Trukikaitis_Postimees, lk 12
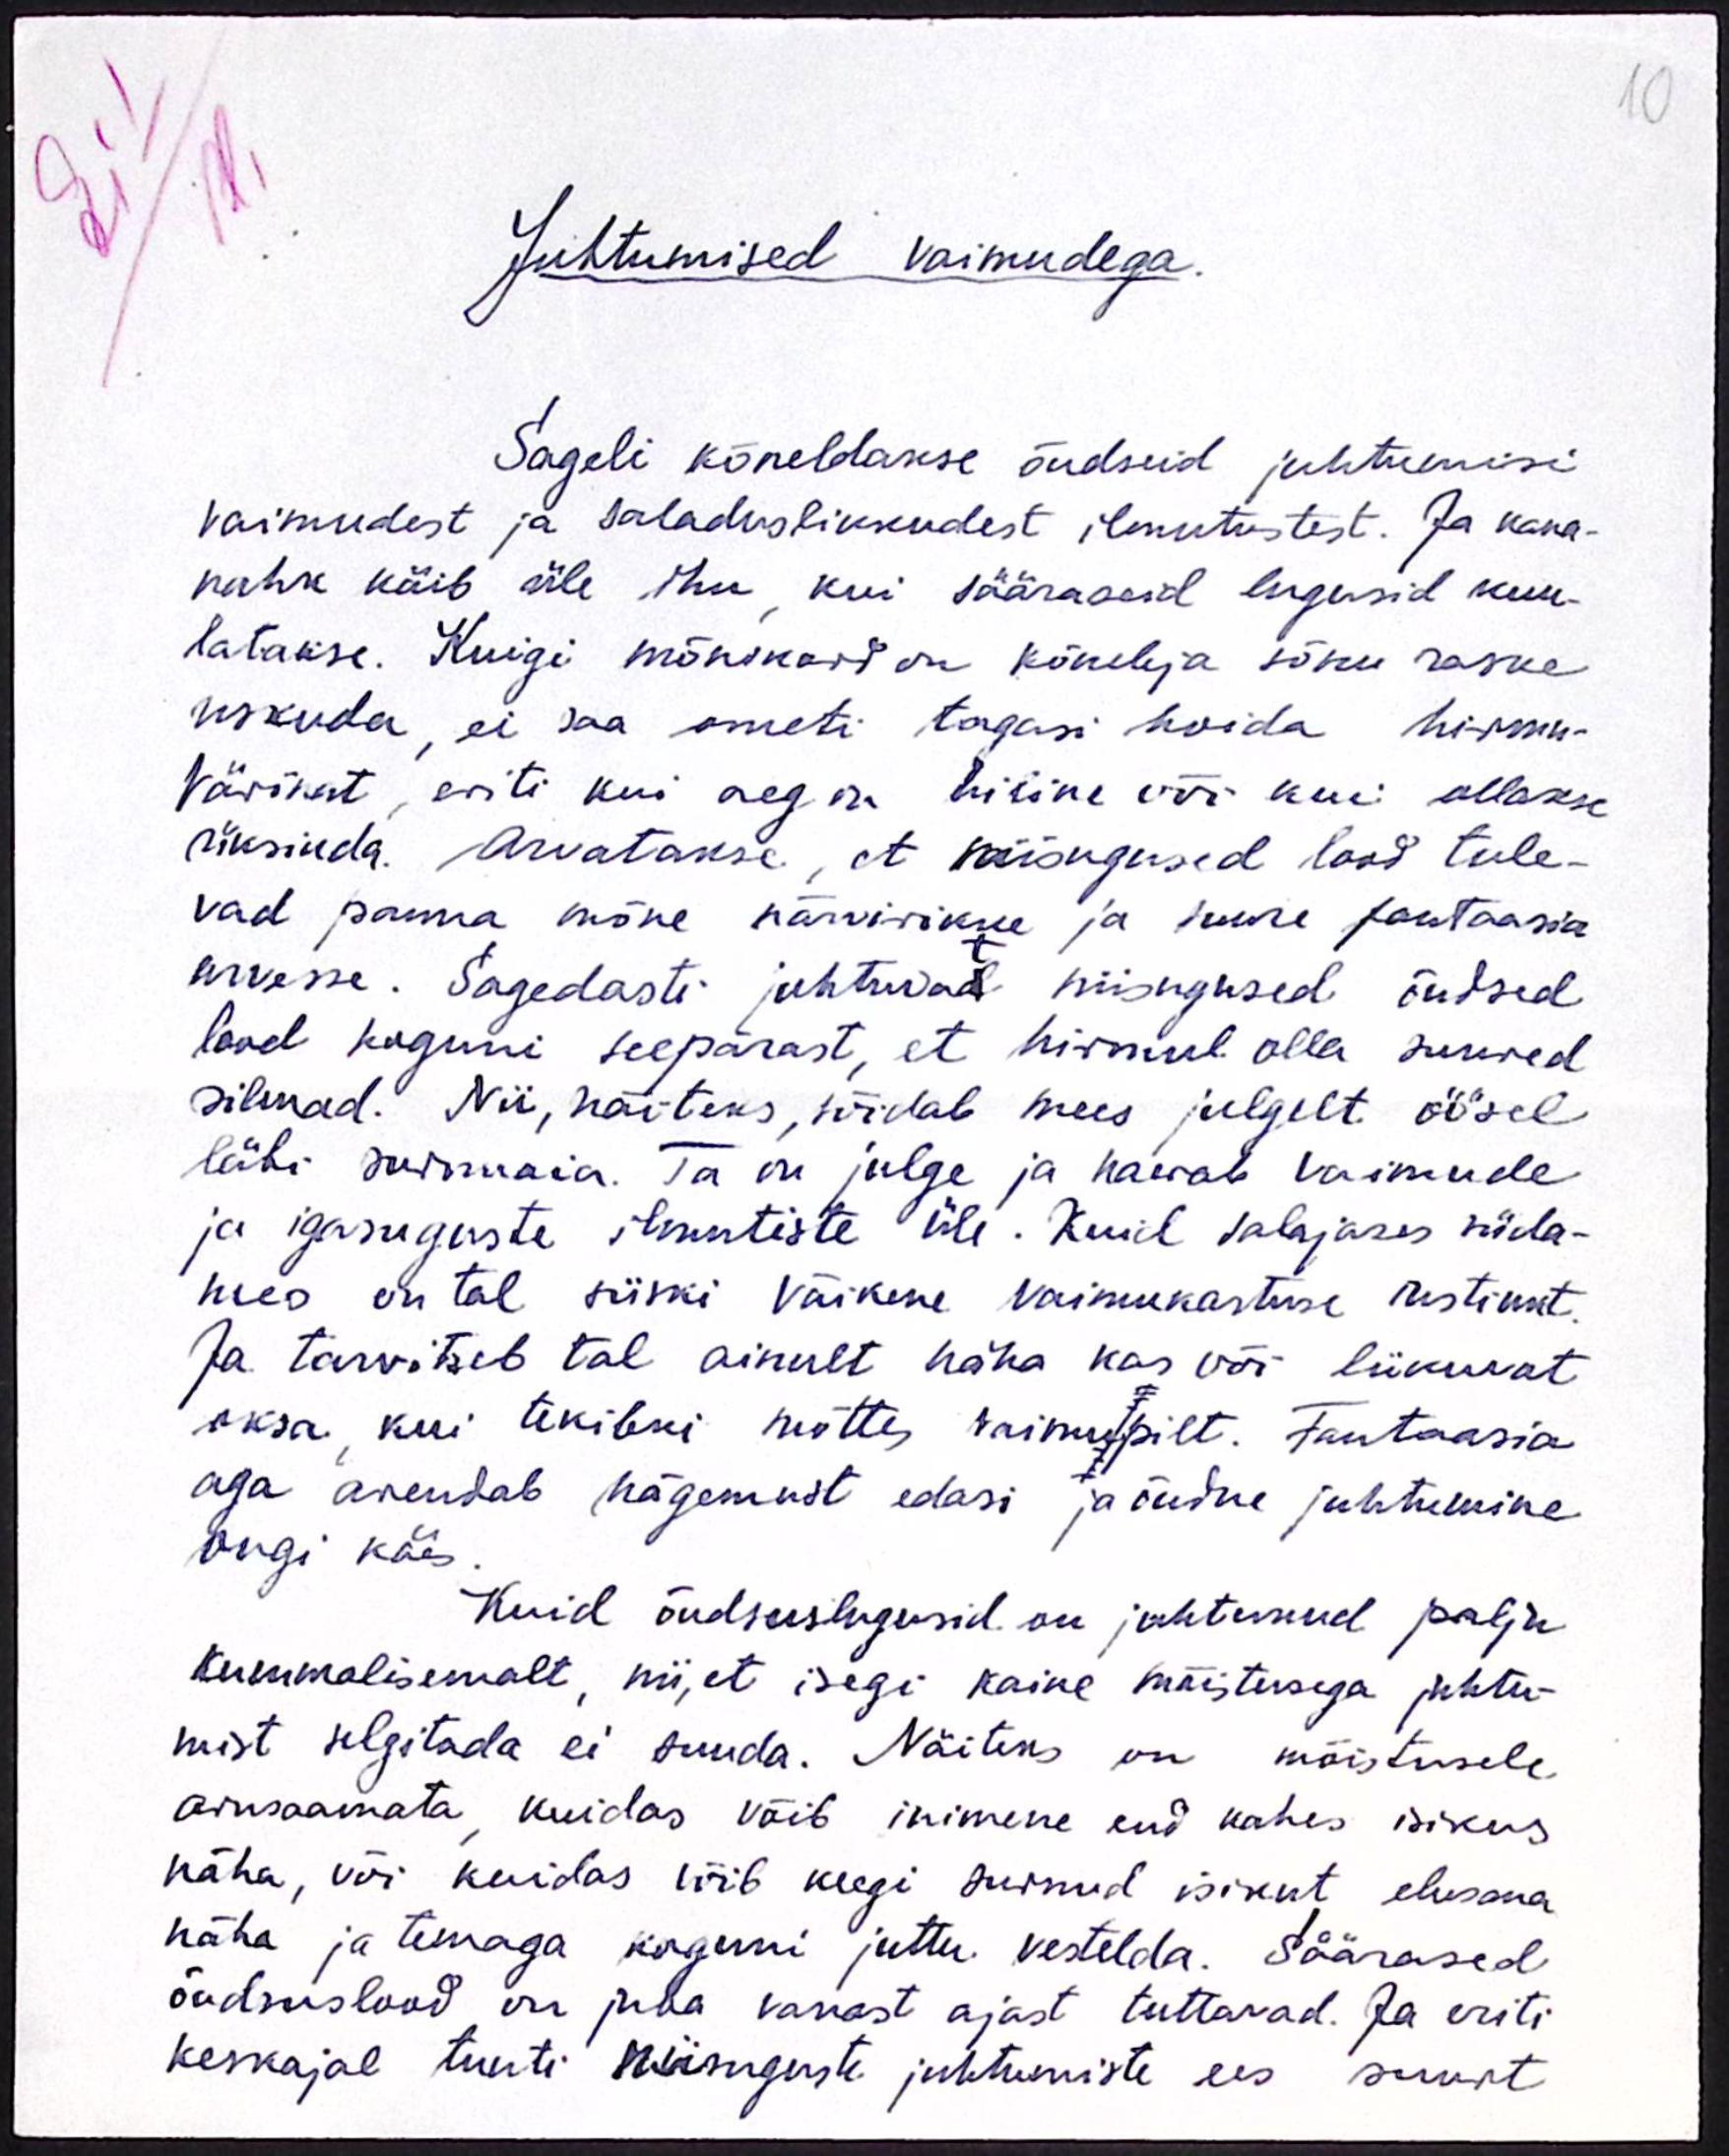
Juhtumised vaimudega
Sageli kõneldakse õudseid juhtumisi
vaimudest ja saladuslikkudest ilmutustest. Ja kana-
nahk käib üle ihu kui sääraseid lugusid kuu-
latakse. Kuigi mõnikord on kõneleja sõnu raske
uskuda, ei saa ometi tagasi hoida hirmu-
värinat, eriti kui aeg on hiline või kui ollakse
üksinda. Arvatakse, et niisugused lood tule-
vad panna mõne närvirikue ja suure fantaasia
arvesse. Sagedasti juhtuvad niisugused õudsed
lood koguni seepärast, et hirmul olla suured
silmad. Nii, näiteks, sõidab mees julgelt öösel
läbi surmaia. Ta on julge ja naerab vaimude
ja igasuguste ilmutiste üle. Kuid salajases süda-
mes on tal siiski väikese vaimukartuse ristinut.
Ja tarvitseb tal ainult häha kas või liikuvat
oksa, kui tekibki mõttes vaimu pilt. Fantaasia
aga arendab nägemust edasi ja õudne juhtumine
õngi käes.
Kuid õudsuslugusid on juhtunud palju
kummalisemalt, nii, et isegi kaine mõistusega juhtu-
mist selgitada ei suuda. Näiteks on mõistusele
arusaamata, kuidas võib inimene end kahes isikus
näha, või kuidas võib keegi surnud isikut elusana
näha ja temaga koguni juttu vestelda. Säärased
õudsusslood on juba vanast ajast tuttavad. Ja eriti
keskajal tunti niisuguste juhtumiste ees suurt